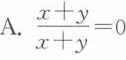
A.$$\frac{ x + y } { x + y } = 0$$